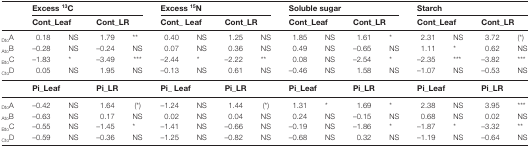
|  | <COLSPAN=4> Excess 13C | <COLSPAN=4> Excess 15N | <COLSPAN=4> Soluble sugar | <COLSPAN=4> Starch |
 |  | <COLSPAN=2> Cont_Leaf | <COLSPAN=2> Cont_LR | <COLSPAN=2> Cont_ Leaf | <COLSPAN=2> Cont_LR | <COLSPAN=2> Cont_Leaf | <COLSPAN=2> Cont_LR | <COLSPAN=2> Cont_Leaf | <COLSPAN=2> Cont_LR |
 | --- | --- | --- | --- | --- | --- | --- | --- | --- | --- | --- | --- | --- | --- | --- | --- | --- |
 | DtoA | 0.18 | NS | 1.79 | ** | 0.40 | NS | 1.25 | NS | 1.85 | NS | 1.61 | * | 2.31 | NS | 3.72 | (*) |
 | AtoB | –0.28 | NS | –0.24 | NS | 0.07 | NS | 0.36 | NS | 0.49 | NS | –0.65 | NS | 1.11 | * | 0.62 | NS |
 | BtoC | –1.83 | * | –3.49 | *** | –2.44 | * | –2.22 | ** | 0.08 | NS | –2.54 | * | –2.35 | *** | –3.82 | *** |
 | CtoD | 0.05 | NS | 1.95 | NS | –0.13 | NS | 0.61 | NS | –0.46 | NS | 1.58 | NS | –1.07 | NS | –0.53 | NS |
 |  | <COLSPAN=2> Pi_Leaf | <COLSPAN=2> Pi_LR | <COLSPAN=2> Pi_ Leaf | <COLSPAN=2> Pi_LR | <COLSPAN=2> Pi_Leaf | <COLSPAN=2> Pi_LR | <COLSPAN=2> Pi_Leaf | <COLSPAN=2> Pi_LR |
 | DtoA | –0.42 | NS | 1.64 | (*) | –1.24 | NS | 1.44 | (*) | 1.31 | * | 1.69 | * | 2.38 | NS | 3.95 | *** |
 | AtoB | –0.63 | NS | 0.17 | NS | 0.02 | NS | 0.04 | NS | 0.24 | NS | –0.15 | NS | 0.68 | NS | 0.02 | NS |
 | BtoC | –0.55 | NS | –1.45 | * | –1.41 | NS | –0.66 | NS | –0.19 | NS | –1.86 | * | –1.87 | * | –3.32 | ** |
 | CtoD | –0.59 | NS | –0.36 | NS | –1.25 | NS | –0.82 | NS | –0.68 | NS | 0.32 | NS | –1.19 | NS | –0.64 | NS |